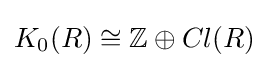
K_{0}(R)\cong \mathbb {Z} \oplus Cl(R)